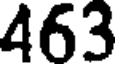
463